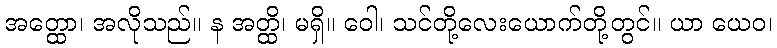
အတ္ထော၊ အလိုသည်။ န အတ္ထိ၊ မရှိ။ ဝေါ၊ သင်တို့လေးယောက်တို့တွင်။ ယာ ယေဝ၊